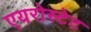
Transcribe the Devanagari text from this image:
एयरोस्टेट